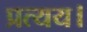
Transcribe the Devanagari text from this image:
प्रत्यय।